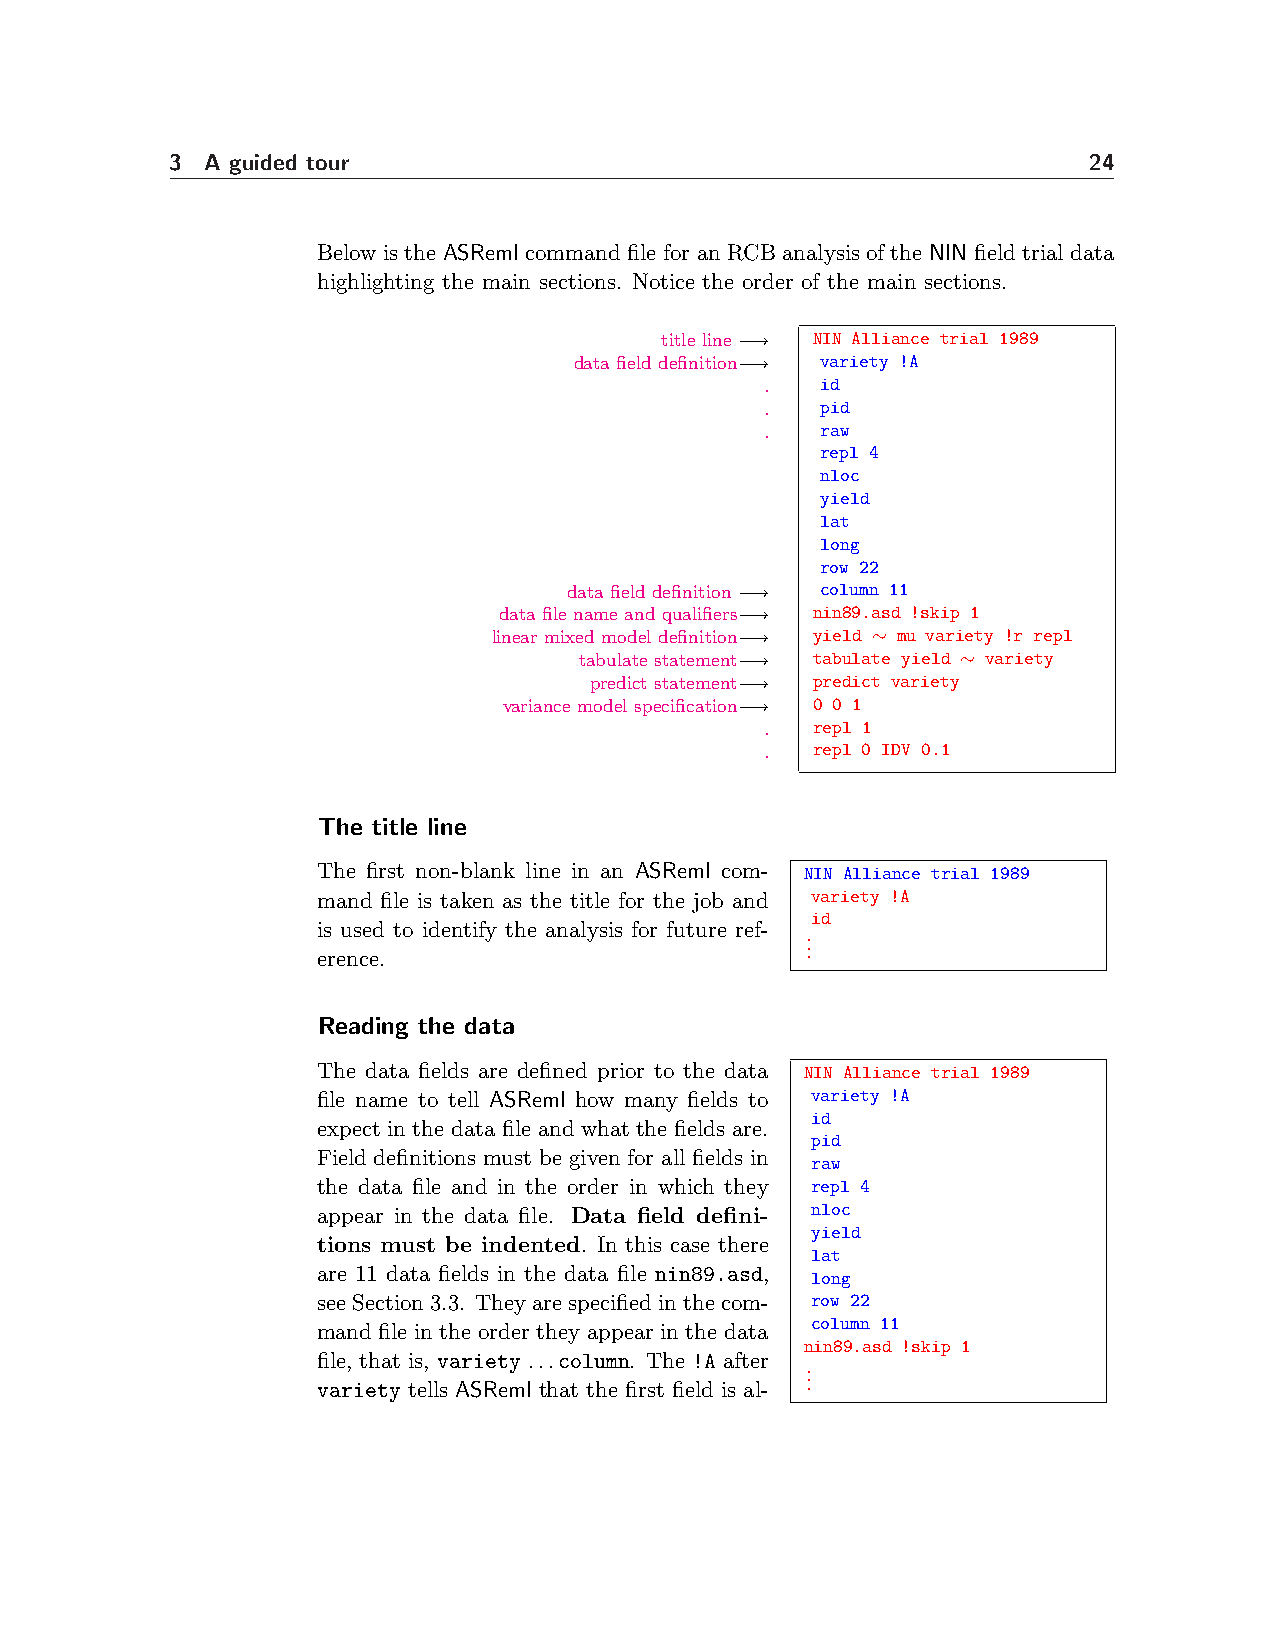
3  A guided tour                                             24
 Below is the ASReml command file for an RCB analysis of the NIN field trial data
 highlighting the main sections. Notice the order of the main sections.
 title line −→ NIN Alliance trial 1989
 data field definition−→ variety !A
 .  id
 .  pid
 .  raw
 repl 4
 nloc
 yield
 lat
 long
 row 22
 data field definition −→ column 11
 data file name and qualifiers−→ nin89.asd !skip 1
 linear mixed model definition−→ yield ∼ mu variety !r repl
 tabulate statement−→ tabulate yield ∼ variety
 predict statement−→ predict variety
 variance model specification−→ 0 0 1
 .  repl 1
 .  repl 0 IDV 0.1
 The title line
 The first non-blank line in an ASReml com- NIN Alliance trial 1989
 mand file is taken as the title for the job and variety !A
 id
 is used to identify the analysis for future ref-
 .
 .
 erence.                         .
 Reading the data
 The data fields are defined prior to the data NIN Alliance trial 1989
 file name to tell ASReml how many fields to variety !A
 id
 expect in the data file and what the fields are.
 pid
 Field definitions must be given for all fields in
 raw
 the data file and in the order in which they repl 4
 appear in the data file. Data field defini- nloc
 yield
 tions must be indented. In this case there
 lat
 are 11 data fields in the data file nin89.asd, long
 seeSection3.3. Theyarespecifiedinthecom- row 22
 column 11
 mand file in the order they appear in the data
 nin89.asd !skip 1
 file, that is, variety ...column. The !A after
 .
 .
 variety tells ASReml that the first field is al- .